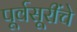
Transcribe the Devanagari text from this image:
पूर्वसूरींचे